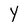
Character: Y